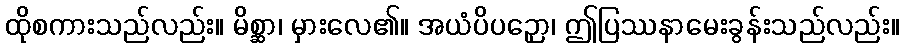
ထိုစကားသည်လည်း။ မိစ္ဆာ၊ မှားလေ၏။ အယံပိပဉှော၊ ဤပြဿနာမေးခွန်းသည်လည်း။